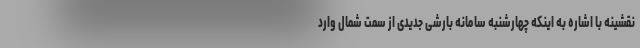
نقشینه با اشاره به اینکه چهارشنبه سامانه بارشی جدیدی از سمت شمال وارد